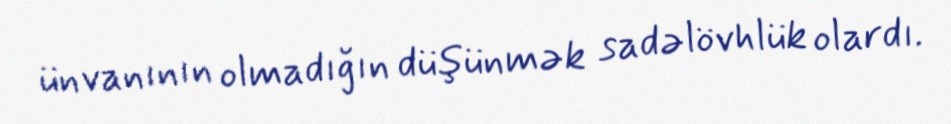
ünvanının olmadığın düşünmək sadəlövhlük olardı.